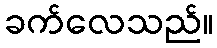
ခက်လေသည်။